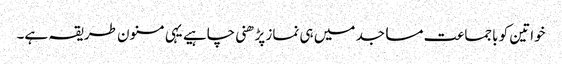
خواتین کو باجماعت مساجد میں ہی نماز پڑھنی چاہیے یہی مسنون طریقہ ہے۔